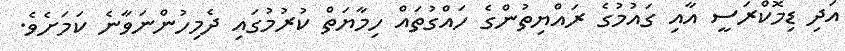
އަދި ޑިމޮކްރަސީ އާއި ގައުމުގެ ރައްޔިތުންގެ ހައްގުތައް ހިމާޔަތް ކުރުމުގައި ދެމިހުންނަވާނެ ކަމަށެވެ.